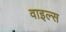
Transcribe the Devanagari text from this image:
वाइल्स